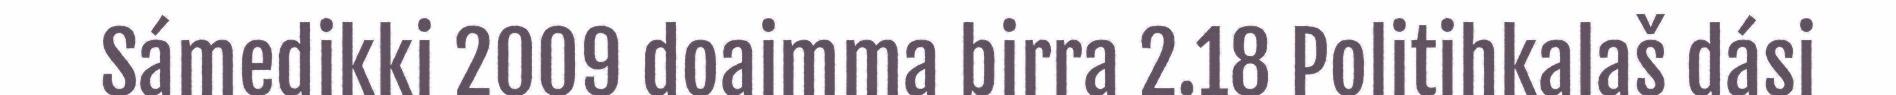
Sámedikki 2009 doaimma birra 2.18 Politihkalaš dási